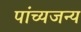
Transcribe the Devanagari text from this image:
पांच्यजन्य